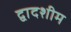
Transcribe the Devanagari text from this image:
द्वादशीम